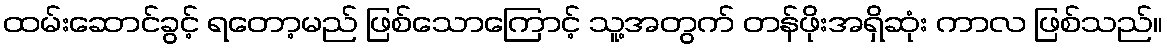
ထမ်းဆောင်ခွင့် ရတော့မည် ဖြစ်သောကြောင့် သူ့အတွက် တန်ဖိုးအရှိဆုံး ကာလ ဖြစ်သည်။